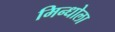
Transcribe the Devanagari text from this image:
मिन्धोला